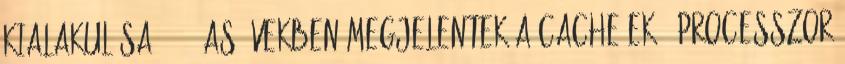
kialakulása ● '80-as években megjelentek a cache-ek ● Processzor